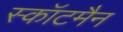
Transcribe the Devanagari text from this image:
स्कॉटमैन